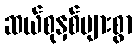
ဆယ်စုနှစ်များစွာ